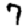
Digit: 7